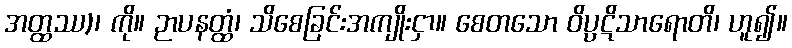
အတ္ထဿ)၊ ကို။ ဉာပနတ္ထံ၊ သိစေခြင်းအကျိုးငှာ။ စေတသော ဝိပ္ပဋိသာရောတိ၊ ဟူ၍။